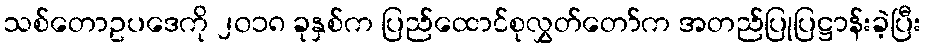
သစ်တောဥပဒေကို ၂၀၁၈ ခုနှစ်က ပြည်ထောင်စုလွှတ်တော်က အတည်ပြုပြဋ္ဌာန်းခဲ့ပြီး